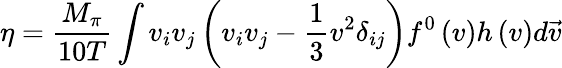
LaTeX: \eta=\frac{M_{\pi}}{10T}\int v_{i}v_{j}\left(v_{i}v_{j}-\frac{1}{3}v^{2}\delta_{ij}\right)f^{0}\left(v\right)h\left(v\right)d\vec{v}